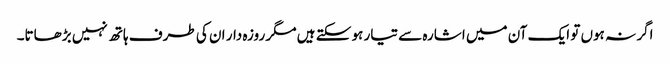
اگر نہ ہوں تو ایک آن میں اشارہ سے تیار ہو سکتے ہیں مگر روزہ دار ان کی طرف ہاتھ نہیں بڑھاتا۔